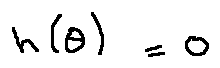
h ( \theta ) = 0